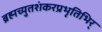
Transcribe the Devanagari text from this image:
ब्रह्मच्युतशंकरप्रभृतिभिर्‌